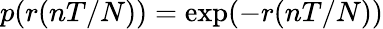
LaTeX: p(r(nT/N))=\exp(-r(nT/N))